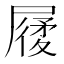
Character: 𡳌